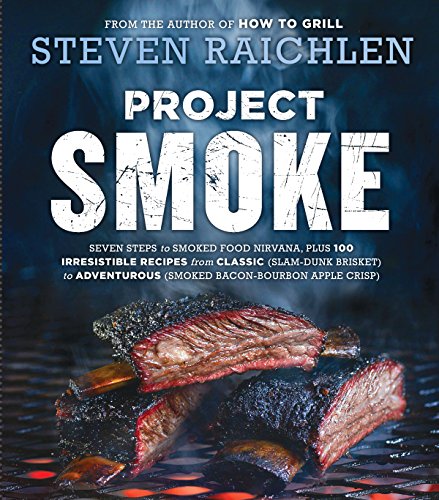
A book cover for Project Smoke: Seven Steps to Smoked Food Nirvana, Plus 100 Irresistible Recipes from Classic (Slam-Dunk Brisket) to Adventurous (Smoked Bacon-Bourbon Apple Crisp); Steven Raichlen; Cookbooks, Food & Wine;